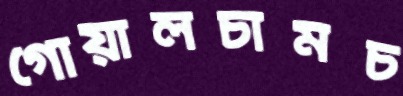
গোয়ালচামচ